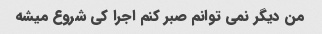
من دیگر نمی توانم صبر کنم اجرا کی شروع میشه